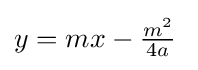
y=mx-{\tfrac {m^{2}}{4a}}\;